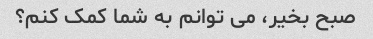
صبح بخیر، می توانم به شما کمک کنم؟